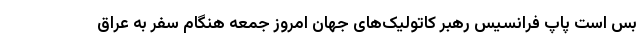
بس است پاپ فرانسیس رهبر کاتولیک‌های جهان امروز جمعه هنگام سفر به عراق